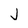
Character: j